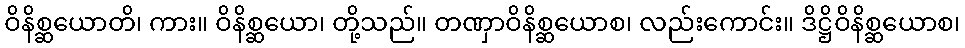
ဝိနိစ္ဆယောတိ၊ ကား။ ဝိနိစ္ဆယော၊ တို့သည်။ တဏှာဝိနိစ္ဆယောစ၊ လည်းကောင်း။ ဒိဋ္ဌိဝိနိစ္ဆယောစ၊